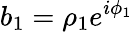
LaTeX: b_{1}=\rho_{1}e^{i\phi_{1}}